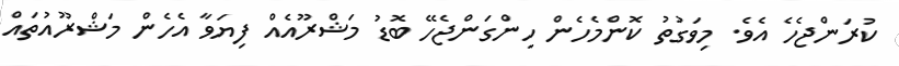
ކުރަންޖެހެ އެވެ. މިވަގުތު ކޮންމެހެން ހިންގަންޖެހޭ ބޮޑު މަޝްރޫއެއް ފިޔަވާ އެހެން މަޝްރޫއުތައް